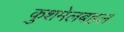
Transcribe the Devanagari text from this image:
कुशमेलबहल